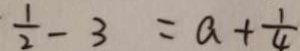
\frac { 1 } { 2 } - 3 = a + \frac { 1 } { 4 }